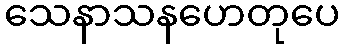
သေနာသနဟေတုပေ